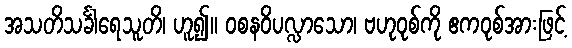
အသတိသင်္ခါရေသူတိ၊ ဟူ၍။ ဝစနဝိပလ္လာသော၊ ဗဟုဝုစ်ကို ဧကဝုစ်အားဖြင့်